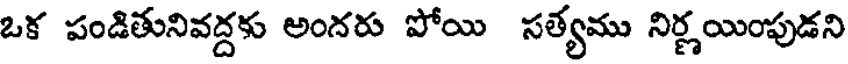
ఒక పండితునివద్దకు అందరు పోయి సత్యము నిర్ణయింపుడని